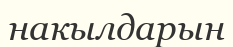
накылдарын